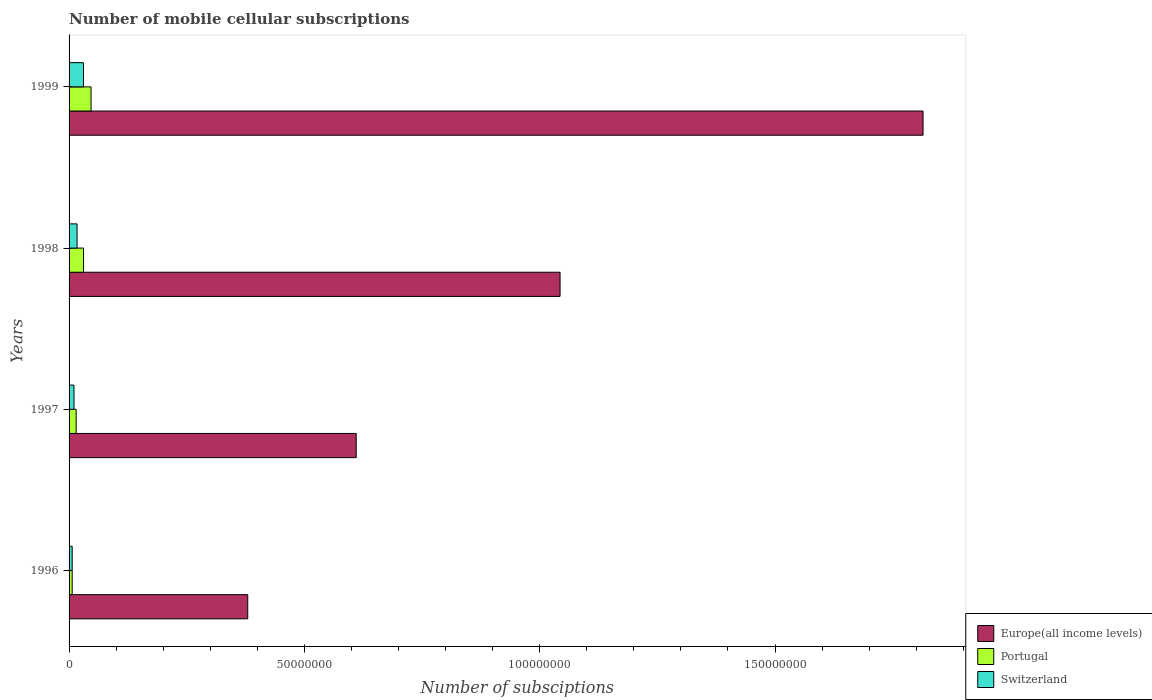
| Years | Europe(all income levels) | Portugal | Switzerland |
 | --- | --- | --- | --- |
 | 1996 | 3.8e+07 | 6.64e+05 | 6.63e+05 |
 | 1997 | 6.1e+07 | 1.51e+06 | 1.04e+06 |
 | 1998 | 1.04e+08 | 3.07e+06 | 1.7e+06 |
 | 1999 | 1.81e+08 | 4.67e+06 | 3.06e+06 |